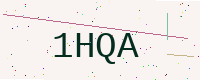
Text: 1HQA